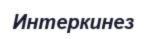
Интеркинез